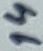
Text: 14